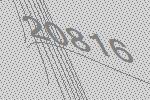
20816